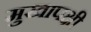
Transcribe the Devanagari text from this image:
मुखापक्षी